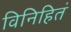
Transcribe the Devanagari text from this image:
विनिहितं